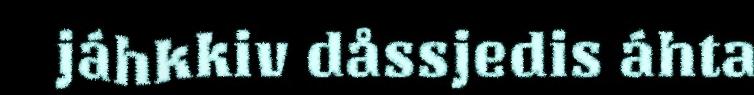
jáhkkiv dåssjedis áhta